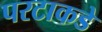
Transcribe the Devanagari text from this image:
परटाकडे